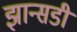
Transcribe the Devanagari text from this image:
झान्सडी